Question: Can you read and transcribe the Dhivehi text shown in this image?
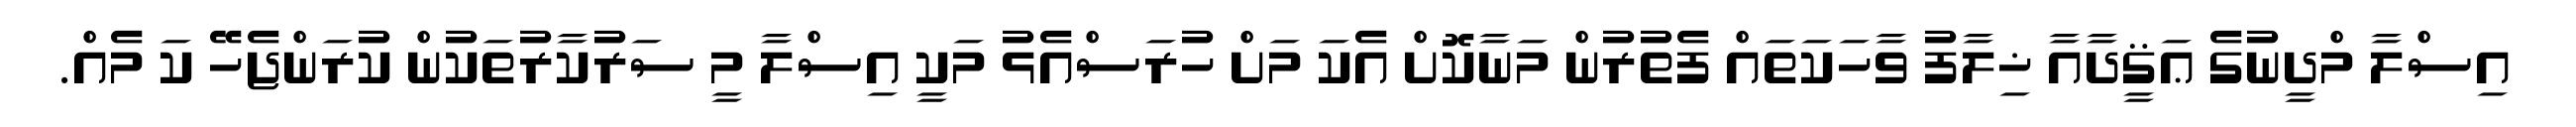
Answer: އިސްލާ މްދީނުގެ ޢަޤީދާއާ ޚިލާފު ވާހަކަތައް ފެތުރުން މަނާކޮށް އެކަ މަށް ހުރަސްއެޅު މަކީ އިސްލާ މީ ސަރުކާރުތަކުން ކުރަންޖެހޭ ކަ މެއް.